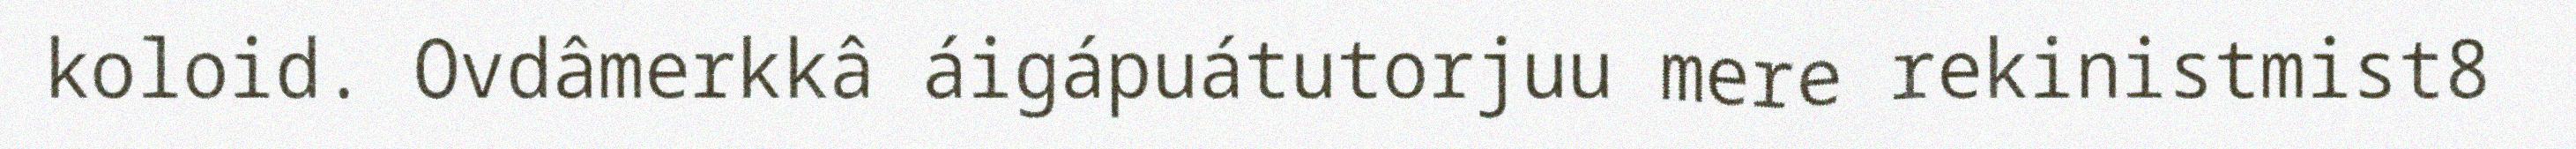
koloid. Ovdâmerkkâ áigápuátutorjuu mere rekinistmist8